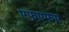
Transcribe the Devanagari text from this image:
एफएफए